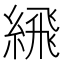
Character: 𦂹